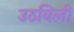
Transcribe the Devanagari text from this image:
उठविली